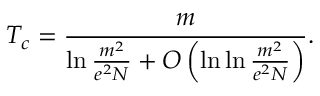
T _ { c } = \frac { m } { \ln \frac { m ^ { 2 } } { e ^ { 2 } N } + O \left( \ln \ln \frac { m ^ { 2 } } { e ^ { 2 } N } \right) } .